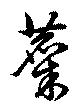
麋